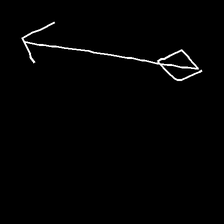
Glyph: focus